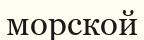
морской